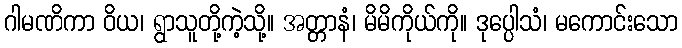
ဂါမဏိကာ ဝိယ၊ ရွာသူတို့ကဲ့သို့။ အတ္တာနံ၊ မိမိကိုယ်ကို။ ဒုပ္ပေါသံ၊ မကောင်းသော